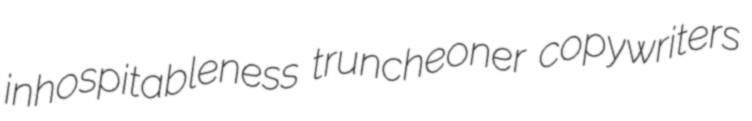
inhospitableness truncheoner copywriters